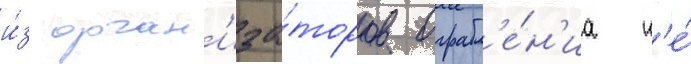
и́з орган'иза́торов ограбл'е́н'иа н'е́